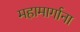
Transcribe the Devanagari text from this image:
महामार्गाना